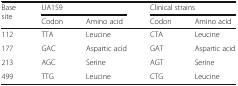
<table><thead><tr><td rowspan="2"><b>Base site</b></td><td colspan="2"><b>UA159</b></td><td colspan="2"><b>Clinical strains</b></td></tr><tr><td><b>Codon</b></td><td><b>Amino acid</b></td><td><b>Codon</b></td><td><b>Amino acid</b></td></tr></thead><tbody><tr><td>112</td><td>TTA</td><td>Leucine</td><td>CTA</td><td>Leucine</td></tr><tr><td>177</td><td>GAC</td><td>Aspartic acid</td><td>GAT</td><td>Aspartic acid</td></tr><tr><td>213</td><td>AGC</td><td>Serine</td><td>AGT</td><td>Serine</td></tr><tr><td>499</td><td>TTG</td><td>Leucine</td><td>CTG</td><td>Leucine</td></tr></tbody></table>